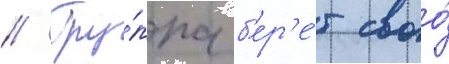
// Гру́ппа б'ер'е́т своо́